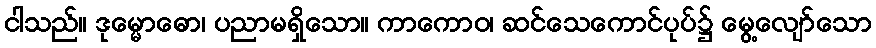
ငါသည်။ ဒုမ္မောဓော၊ ပညာမရှိသော။ ကာကောဝ၊ ဆင်သေကောင်ပုပ်၌ မွေ့လျော်သော